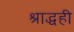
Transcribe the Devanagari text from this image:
श्राद्धही